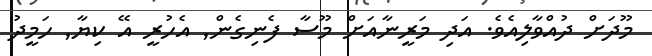
މޫދަށް ދުއްވާލިއެވެ. އަދި މަރީނާއަށް މޫސާ ފެނިގެން